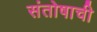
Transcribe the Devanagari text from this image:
संतोषाची